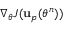
\nabla _ { \theta } J ( \mathbf { u } _ { p } ( \theta ^ { n } ) )